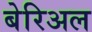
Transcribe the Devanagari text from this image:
बेरिअल